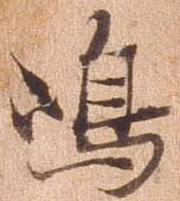
島